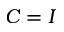
C = I